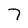
Character: 7